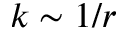
k \sim 1 / r